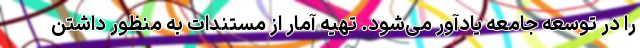
را در توسعه جامعه یادآور می‌شود. ‌تهیه آمار از مستندات به منظور داشتن